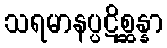
သရမာနပ္ပဋိစ္ဆန္နာ